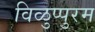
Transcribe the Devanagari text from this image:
विळुप्पुरम